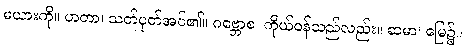
မယားကို။ ဟတာ၊ သတ်ပုတ်အပ်၏။ ဂဗ္ဘောစ၊ ကိုယ်ဝန်သည်လည်း။ ဆမာ၊ မြေ၌။